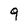
Character: q